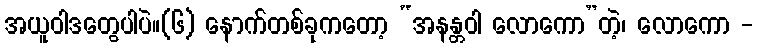
အယူဝါဒတွေပါပဲ။(၆) နောက်တစ်ခုကတော့ “အနန္တဝါ လောကော”တဲ့၊ လောကော -